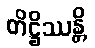
တိဋ္ဌိဿန္တိ